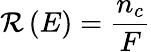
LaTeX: \mathcal{R}\left(E\right)=\frac{{n_{c}}}{{F}}